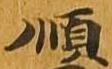
順